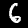
Label: 6